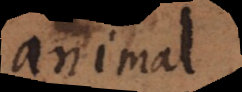
animal